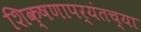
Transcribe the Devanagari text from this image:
शिक्षणापर्यंतच्या